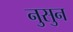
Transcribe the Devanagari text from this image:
नुसुन